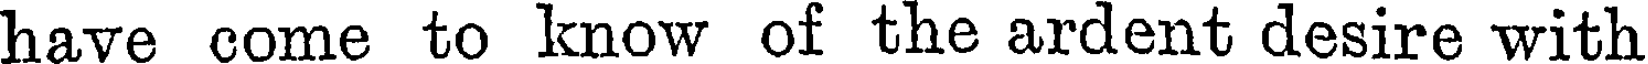
have come to know of the ardent desire with